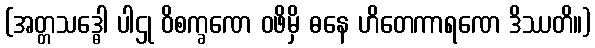
(အတ္တသဒ္ဓေါ ပါဌု ဝိစက္ခဏေ ဝဖိမှိ ဓနေ ဟိတေကာရဏေ ဒိဿတိ။)